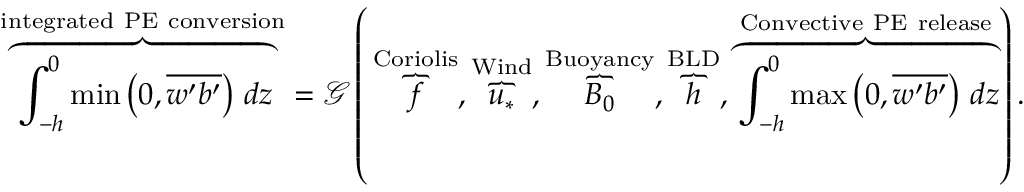
\overbrace { \int _ { - h } ^ { 0 } \operatorname* { m i n } \left( 0 , \overline { { w ^ { \prime } b ^ { \prime } } } \right) \, d z } ^ { \mathrm { { i n t e g r a t e d ~ P E ~ c o n v e r s i o n } } } = \mathcal { G } \left( \, \overbrace { f } ^ { \mathrm { C o r i o l i s } } , \overbrace { u _ { * } } ^ { \mathrm { W i n d } } , \overbrace { B _ { 0 } } ^ { \mathrm { B u o y a n c y } } , \overbrace { h } ^ { \mathrm { B L D } } , \overbrace { \int _ { - h } ^ { 0 } \operatorname* { m a x } \left( 0 , \overline { { w ^ { \prime } b ^ { \prime } } } \right) \, d z } ^ { \mathrm { C o n v e c t i v e ~ P E ~ r e l e a s e } } \right) .